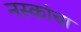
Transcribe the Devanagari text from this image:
नस्कांचा